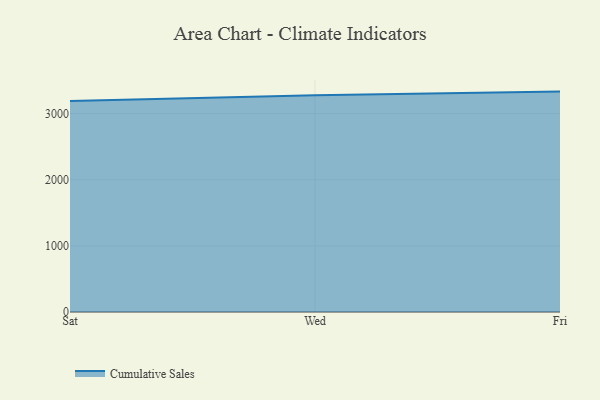
{"axis": {"x": "Day", "y": "Page Views"}, "legend": ["Cumulative Sales"], "data": [{"x": "Sat", "y": 3189.1, "type": "Cumulative Sales"}, {"x": "Wed", "y": 3275.5, "type": "Cumulative Sales"}, {"x": "Fri", "y": 3331.6, "type": "Cumulative Sales"}]}